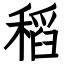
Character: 稻